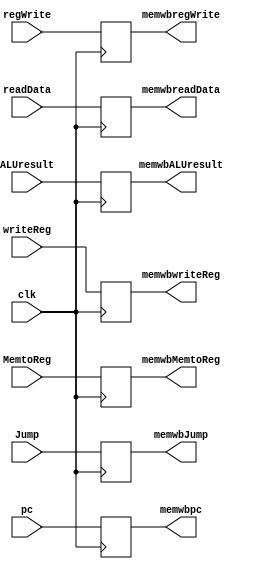
`timescale 1ns / 1ps
module MEMWBRegister(
    input clk,
    input Jump,regWrite,MemtoReg,
    input [31:0] pc,readData,ALUresult,
    input [4:0] writeReg,
    output reg memwbJump,memwbregWrite,memwbMemtoReg,
    output reg [31:0] memwbpc,memwbreadData,memwbALUresult,
    output reg [4:0] memwbwriteReg
    );
    initial begin
          {memwbJump,memwbregWrite,memwbMemtoReg,memwbpc,memwbreadData,memwbALUresult,memwbwriteReg} <= 0;
    end
    always @(posedge clk) begin 
        {memwbJump,memwbregWrite,memwbMemtoReg,memwbpc,memwbreadData,memwbALUresult,memwbwriteReg} <=  {Jump,regWrite, MemtoReg, pc, readData, ALUresult,writeReg};
    end    
endmodule